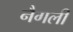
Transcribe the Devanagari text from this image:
नैगली